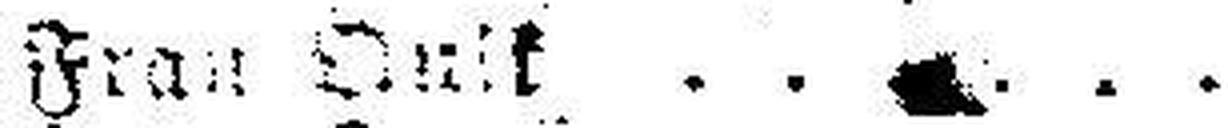
Frau Onik